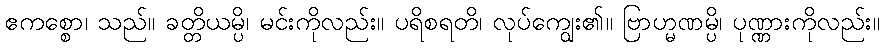
ဧကစ္စော၊ သည်။ ခတ္တိယမ္ပိ၊ မင်းကိုလည်း။ ပရိစရတိ၊ လုပ်ကျွေး၏။ ဗြာဟ္မဏမ္ပိ၊ ပုဏ္ဏားကိုလည်း။